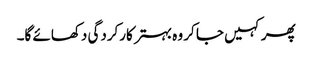
پھر کہیں جا کر وہ بہتر کارکردگی دکھائے گا۔